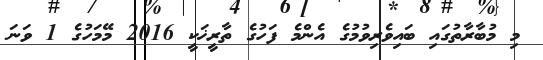
މި މުބާރާތުގައި ބައިވެރިވުމުގެ އެންމެ ފަހުގެ ތާރީޚަކީ 2016 މޭމަހުގެ 1 ވަނަ